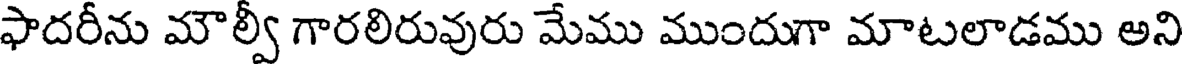
ఫాదరీను మౌల్వీ గారలిరువురు మేము ముందుగా మాటలాడము అని